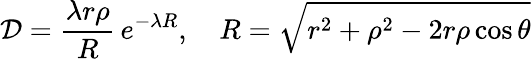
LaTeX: {\cal D}=\frac{\lambda r\rho}{R}\, e^{-\lambda R},\quad R=\sqrt{r^{2}+\rho^{2}-2r\rho\cos\theta}